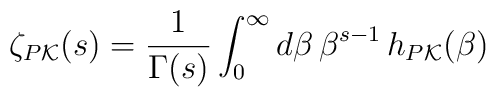
\zeta_{P {\cal K}}(s)=\frac{1}{\Gamma(s)} \int_0^\infty d\beta \,\beta^{s-1} \, h_{P {\cal K}} (\beta)